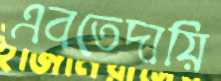
এবতেদায়ি